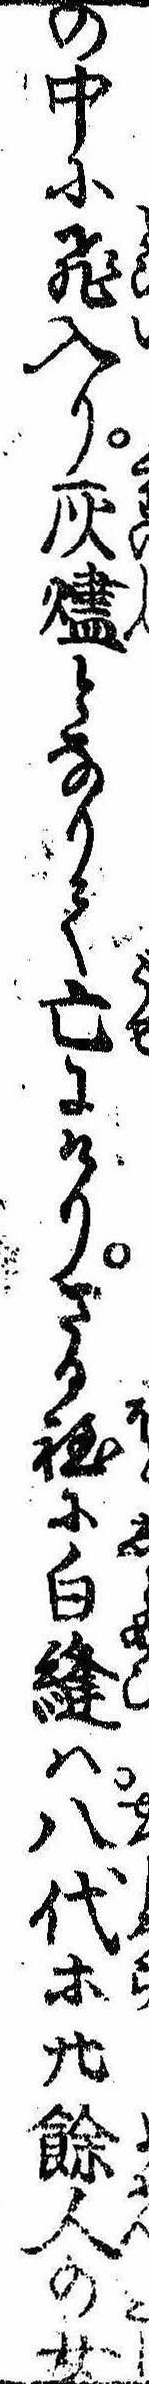
の中に飛入り灰燼となりて亡にけりさる程に白縫は八代等廿余人の女